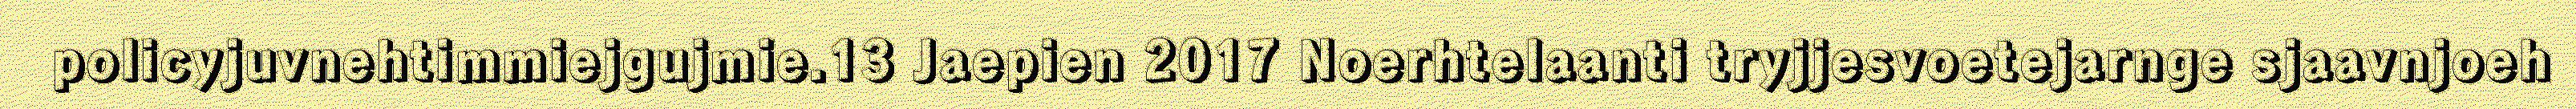
policyjuvnehtimmiejgujmie.13 Jaepien 2017 Noerhtelaanti tryjjesvoetejarnge sjaavnjoeh